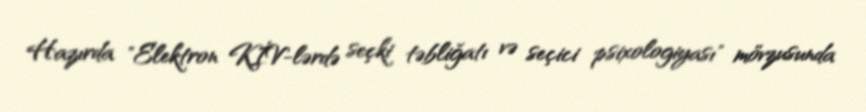
Hazırda "Elektron KİV-lərdə seçki təbliğatı və seçici psixologiyası" mövzusunda